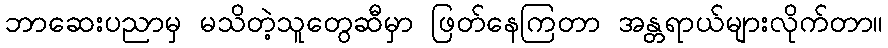
ဘာဆေးပညာမှ မသိတဲ့သူတွေဆီမှာ ဖြတ်နေကြတာ အန္တရာယ်များလိုက်တာ။